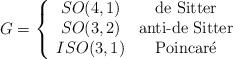
LaTeX: \begin{align*}G=\left\{\begin{array}{cc}SO(4,1) & \textrm{de Sitter} \\SO(3,2) & \textrm{anti-de Sitter} \\ISO(3,1) & \textrm{Poincar\'{e}}\end{array}\right. \end{align*}